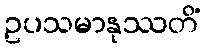
ဥပသမာနုဿတိံ